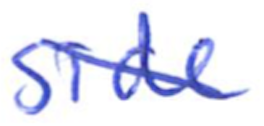
Text: side
Cross-out: diagonal
Writing tool: ballpoint